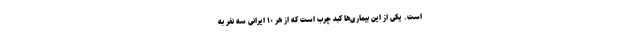
است. یکی از این بیماری‌ها کبد چرب است که از هر ۱۰ ایرانی سه نفر به